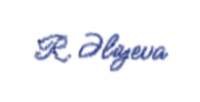
R. Əliyeva